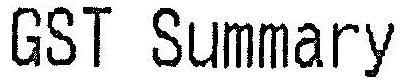
GST SUMMARY